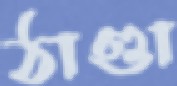
ঠাণ্ডা